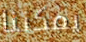
يمكننا